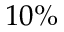
1 0 \%